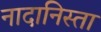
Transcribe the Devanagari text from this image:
नादानिस्ता